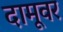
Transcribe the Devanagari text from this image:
दामूवर